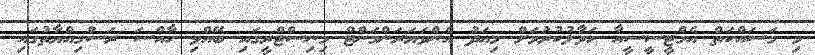
މި މަސައްކަތް އެމްޓީސީސީއާ ހަވާލުކުރުމަށް މިއަދު އެންވަޔަރަންމަންޓް މިނިސްޓްރީގައި ބޭއްވި ހާއްސަ ރަސްމިއްޔާތުގައި